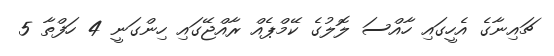
ޗައިނާގެ އެހީގައި ހާއްސަ ލޮލުގެ ކޭމްޕެއް ރާއްޖޭގައި ހިންގަނީ 4 ހަފްތާ 5